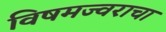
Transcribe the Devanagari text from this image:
विषमज्वराचा